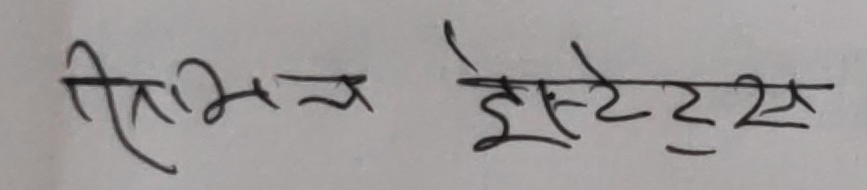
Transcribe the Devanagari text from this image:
त्रिभुज ईस्टेट्स